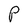
Character: P